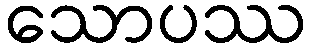
သောပဿ